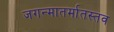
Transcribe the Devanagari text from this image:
जगन्मातर्मातस्तव